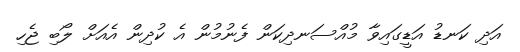
އަދި ކަނޑު އަޑީގައިވާ މުއްސަނދިކަން ފެނުމުން އެ ކުދިން އެއަށް ލޯބި ޖެހި